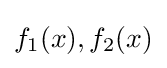
f_{1}(x),f_{2}(x)